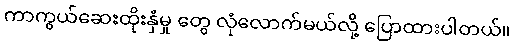
ကာကွယ်ဆေးထိုးနှံမှု တွေ လုံလောက်မယ်လို့ ပြောထားပါတယ်။